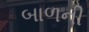
બાળની